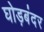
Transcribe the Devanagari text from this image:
घोड़बंदर